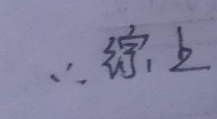
\(\therefore\)综上